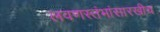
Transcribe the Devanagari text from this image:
लवणस्तंभांसारखीच